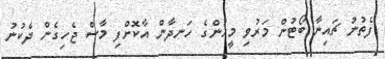
ފެތުނު ޗައިނާ ބޯޓުން މަރުވި މީހުންގެ ހަނދާން އާކޮށްފި މާސް ޖެހިގެން ދެކުނު